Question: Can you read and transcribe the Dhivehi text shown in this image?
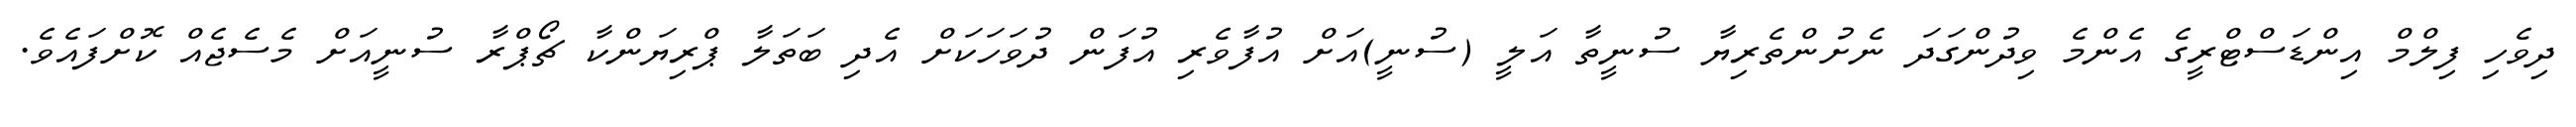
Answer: ދިވެހި ފިލްމް އިންޑަސްޓްރީގެ އެންމެ ވިދުންގަދަ ނެށުންތެރިޔާ ސުނީތާ އަލީ (ސުނީ)އަށް އުފާވެރި އުފަން ދުވަހަކަށް އެދި ބަތަލާ ޕްރިޔަންކާ ޗޯޕްރާ ސުނީއަށް މެސެޖެއް ކޮށްފައެވެ.